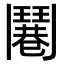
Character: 𩰓